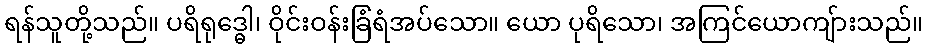
ရန်သူတို့သည်။ ပရိရုဒ္ဓေါ၊ ဝိုင်းဝန်းခြံရံအပ်သော။ ယော ပုရိသော၊ အကြင်ယောကျ်ားသည်။